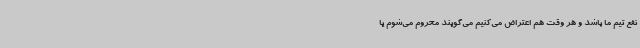
نفع تیم ما باشد و هر وقت هم اعتراض می‌کنیم می‌گویند محروم می‌شوم یا